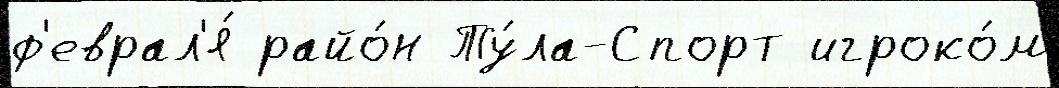
ф'еврал'я́ райо́н Ту́ла-Спорт игроко́м